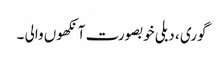
گوری ، دبلی خوبصورت آنکھوں والی ۔